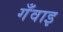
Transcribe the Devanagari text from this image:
गँवाइ